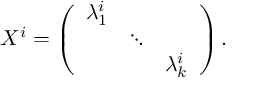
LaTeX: X ^ { i } = \left( \begin{array} { c c c } { { \lambda _ { 1 } ^ { i } } } & { { } } & { { } } \\ { { } } & { { \ddots } } & { { } } \\ { { } } & { { } } & { { \lambda _ { k } ^ { i } } } \end{array} \right) .